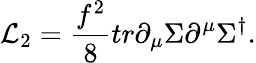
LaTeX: {\cal L}_{2}={\frac{f^{2}}{8}}tr\partial_{\mu}\Sigma\partial^{\mu}\Sigma^{\dagger}.